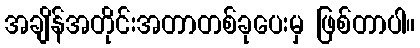
အချိန်အတိုင်းအတာတစ်ခုပေးမှ ဖြစ်တာပါ။